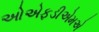
ઓએફડીએમએ